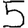
Digit: 5